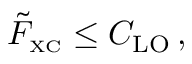
\tilde { F } _ { \scriptscriptstyle \mathrm { X C } } \leq C _ { \mathrm { L O } } \, ,